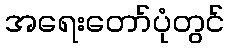
အရေးတော်ပုံတွင်